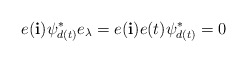
\begin{align*}e(\mathbf{i})\psi_{d(t)}^*e_{\lambda}=e(\mathbf{i})e(t)\psi_{d(t)}^*=0\end{align*}